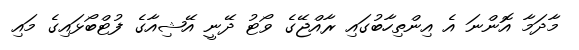
މާދަމާ އޮންނަ އެ އިންތިހާބުގައި ރާއްޖޭގެ ވޯޓު ދޭނީ އޭޝިއާގެ ފުޓްބޯޅައިގެ މައި